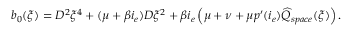
b _ { 0 } ( \xi ) = D ^ { 2 } \xi ^ { 4 } + ( \mu + \beta i _ { e } ) D \xi ^ { 2 } + \beta i _ { e } \left( \mu + \nu + \mu p ^ { \prime } ( i _ { e } ) \widehat { Q } _ { s p a c e } ( \xi ) \right) .